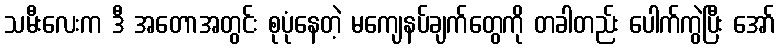
သမီးလေးက ဒီ အတောအတွင်း စုပုံနေတဲ့ မကျေနပ်ချက်တွေကို တခါတည်း ပေါက်ကွဲပြီး အော်